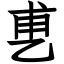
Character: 乶